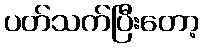
ပတ်သက်ပြီးတော့